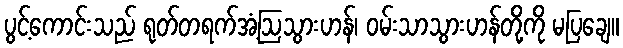
ပွင့်ကောင်းသည် ရုတ်တရက်အံ့ဩသွားဟန်၊ ဝမ်းသာသွားဟန်တို့ကို မပြချေ။